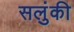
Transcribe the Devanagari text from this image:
सलुंकी